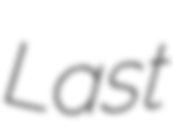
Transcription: Last